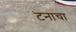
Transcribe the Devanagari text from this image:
टनाचा